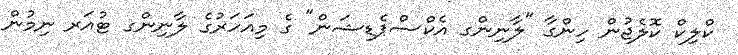
ކްލިކް ކޮލެޖުން ހިންގާ "ލާނިންގ އެކްސްޕެޑިޝަން" ގެ މިއަހަރުގެ ލާނިންގ ޓުއަރ ނިމުން